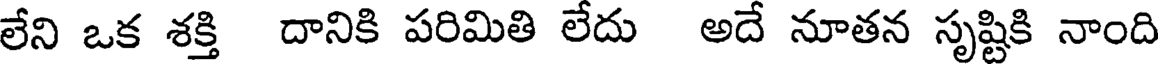
లేని ఒక శక్తి దానికి పరిమితి లేదు అదే నూతన సృష్టికి నాంది